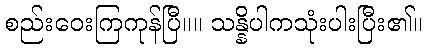
စည်းဝေးကြကုန်ပြီ။။ သန္နိပါကသုံးပါးပြီး၏။